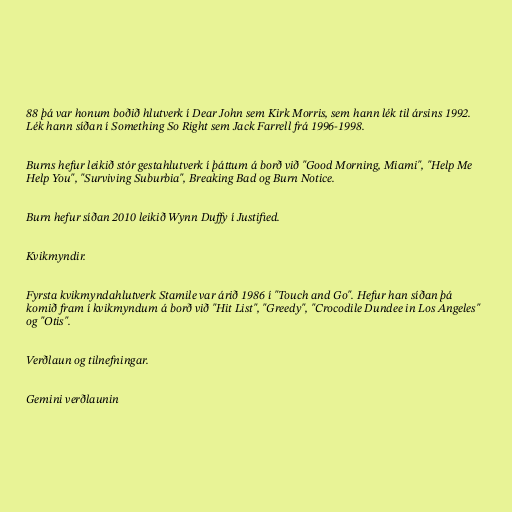
88 þá var honum boðið hlutverk í Dear John sem Kirk Morris, sem hann lék til ársins 1992.
Lék hann síðan í Something So Right sem Jack Farrell frá 1996-1998.

Burns hefur leikið stór gestahlutverk í þáttum á borð við "Good Morning, Miami", "Help Me
Help You", "Surviving Suburbia", Breaking Bad og Burn Notice.

Burn hefur síðan 2010 leikið Wynn Duffy í Justified.

Kvikmyndir.

Fyrsta kvikmyndahlutverk Stamile var árið 1986 í "Touch and Go". Hefur han síðan þá
komið fram í kvikmyndum á borð við "Hit List", "Greedy", "Crocodile Dundee in Los Angeles"
og "Otis".

Verðlaun og tilnefningar.

Gemini verðlaunin